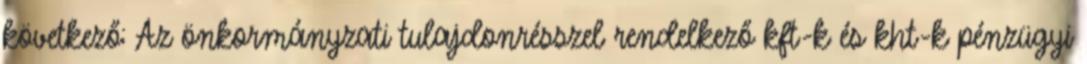
következő: Az önkormányzati tulajdonrésszel rendelkező kft-k és kht-k pénzügyi